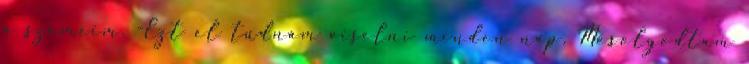
a szemeim. -Ezt el tudnám viselni minden nap. Mosolyodtam